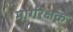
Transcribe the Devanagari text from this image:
मार्गरक्षक